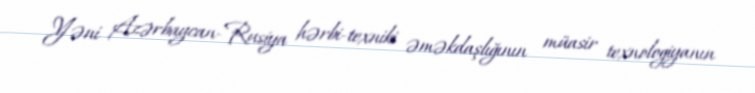
Yəni Azərbaycan-Rusiya hərbi-texniki əməkdaşlığının müasir texnologiyanın